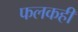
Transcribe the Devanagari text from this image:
फलकही